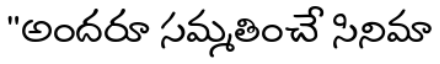
"అందరూ సమ్మతించే సినిమా